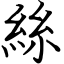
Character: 絲